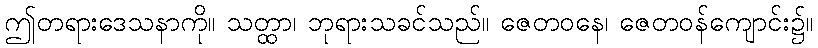
ဤတရားဒေသနာကို။ သတ္ထာ၊ ဘုရားသခင်သည်။ ဇေတဝနေ၊ ဇေတဝန်ကျောင်း၌။